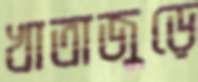
খাতাজুড়ে